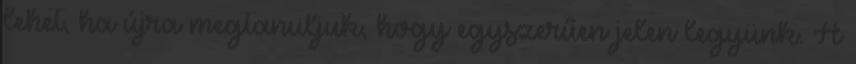
lehet, ha újra megtanuljuk, hogy egyszerűen jelen legyünk. A